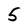
Character: 5